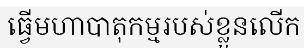
ធ្វើមហាបាតុកម្មរបស់ខ្លួនលើក